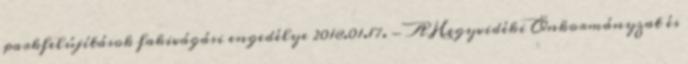
parkfelújítások fakivágási engedélye 2018.01.17. - A Hegyvidéki Önkormányzat és